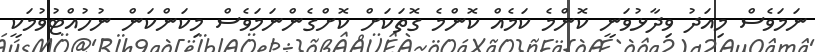
ނަމަވެސް މިއަދު ވިދާޅުވަނީ ކޮންމެ ކަމެއް ކޮންމެ ގޮތަކަށް ކޮށްގެންނަމަވެސް މިކަންކަން ނުހުއްޓުވުމަކީ